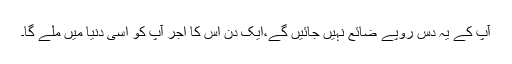
آپ کے یہ دس روپے ضائع نہیں جائیں گے،ایک دن اس کا اجر آپ کو اسی دنیا میں ملے گا۔